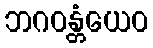
ဘဂဝန္တံယေဝ